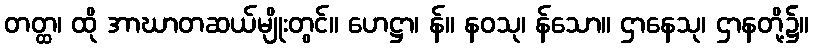
တတ္ထ၊ ထို အာဃာတဆယ်မျိုးတွင်။ ဟေဋ္ဌာ၊ န်။ နဝသု၊ န်သော။ ဌာနေသု၊ ဌာနတို့၌။